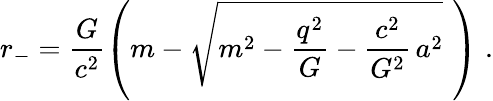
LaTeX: r_{-}=\frac{G}{c^{2}}\left(m-\sqrt{m^{2}-\frac{q^{2}}{G}-\frac{c^{2}}{G^{2}}\, a^{2}}\, \, \right)\; .